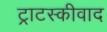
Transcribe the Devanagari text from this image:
ट्राटस्कीवाद